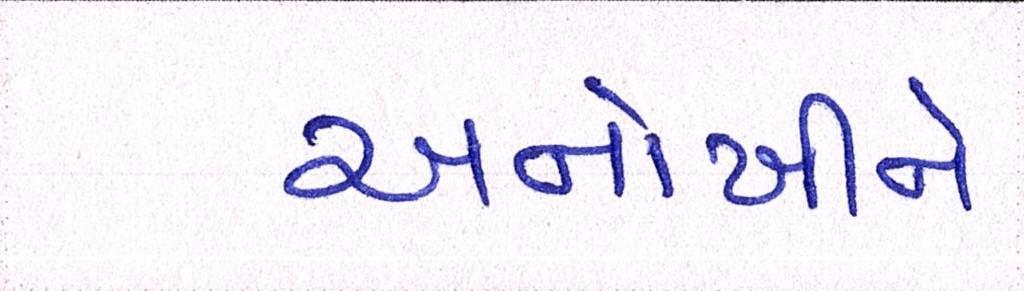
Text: અનોખીને